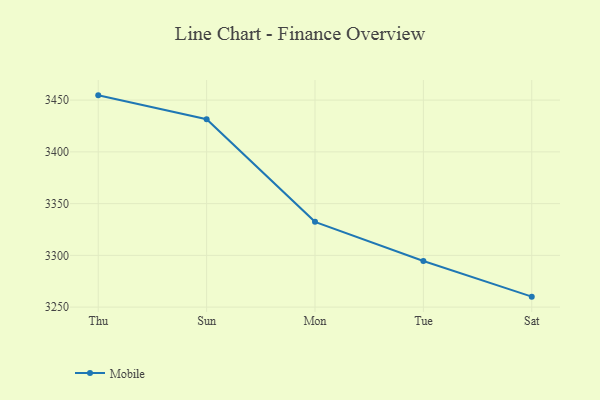
{"axis": {"x": "Day", "y": "Gross Profit (USD K)"}, "legend": ["Mobile"], "data": [{"x": "Thu", "y": 3454.6, "type": "Mobile"}, {"x": "Sun", "y": 3431.5, "type": "Mobile"}, {"x": "Mon", "y": 3332.4, "type": "Mobile"}, {"x": "Tue", "y": 3294.6, "type": "Mobile"}, {"x": "Sat", "y": 3260.1, "type": "Mobile"}]}